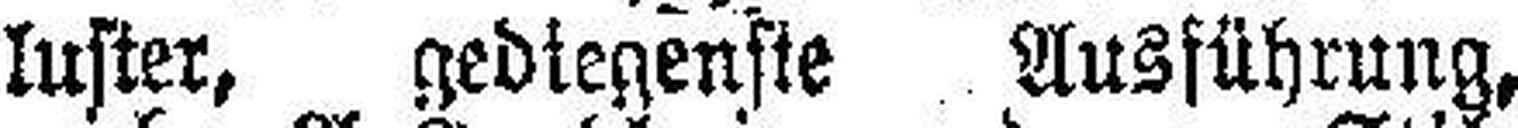
luster, gediegenste Ausführung,